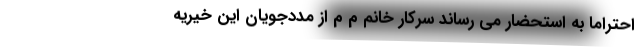
احتراماً به استحضار می رساند سرکار خانم م م از مددجویان این خیریه